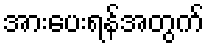
အားပေးရန်အတွက်